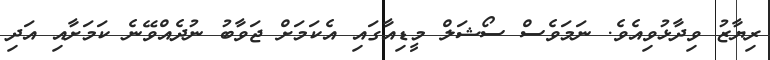
ރިޔާޒު ވިދާޅުވިއެވެ. ނަަމަވެސް ސޯޝަލް މީޑިއާގައި އެކަމަށް ޖަވާބު ނުދެއްވޭނެ ކަމަށާއި އަދި